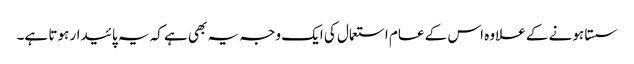
سستا ہونے کے علاوہ اس کے عام استعمال کی ایک وجہ یہ بھی ہے کہ یہ پائیدار ہوتا ہے۔